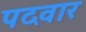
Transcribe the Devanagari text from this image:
पदवार